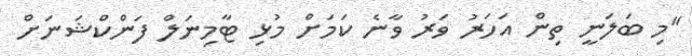
"މި ބަލަނީ ތިން އަހަރު ވަރު ވާނެ ކަމަށް މުޅި ޓާމިނަލް ފަންކްޝަނަށް